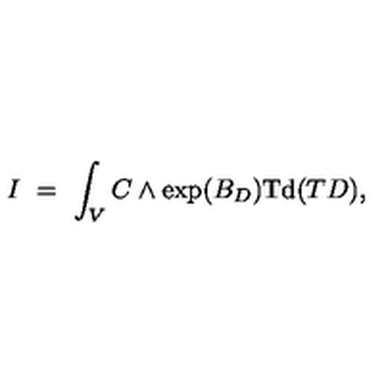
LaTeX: I \ = \ \int _ { V } C \wedge \exp ( B _ { D } ) \mathrm { T d } ( T D ) ,